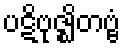
ပဋိဗုဇ္ဈိတဗ္ဗံ